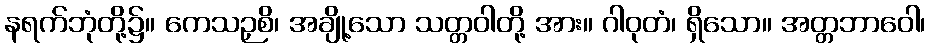
နရက်ဘုံတို့၌။ ကေသဉှစိ၊ အချို့သော သတ္တဝါတို့ အား။ ဂါဝုတံ၊ ရှိသော။ အတ္တဘာဝေါ၊